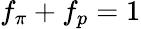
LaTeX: f_{\pi}+f_{p}=1